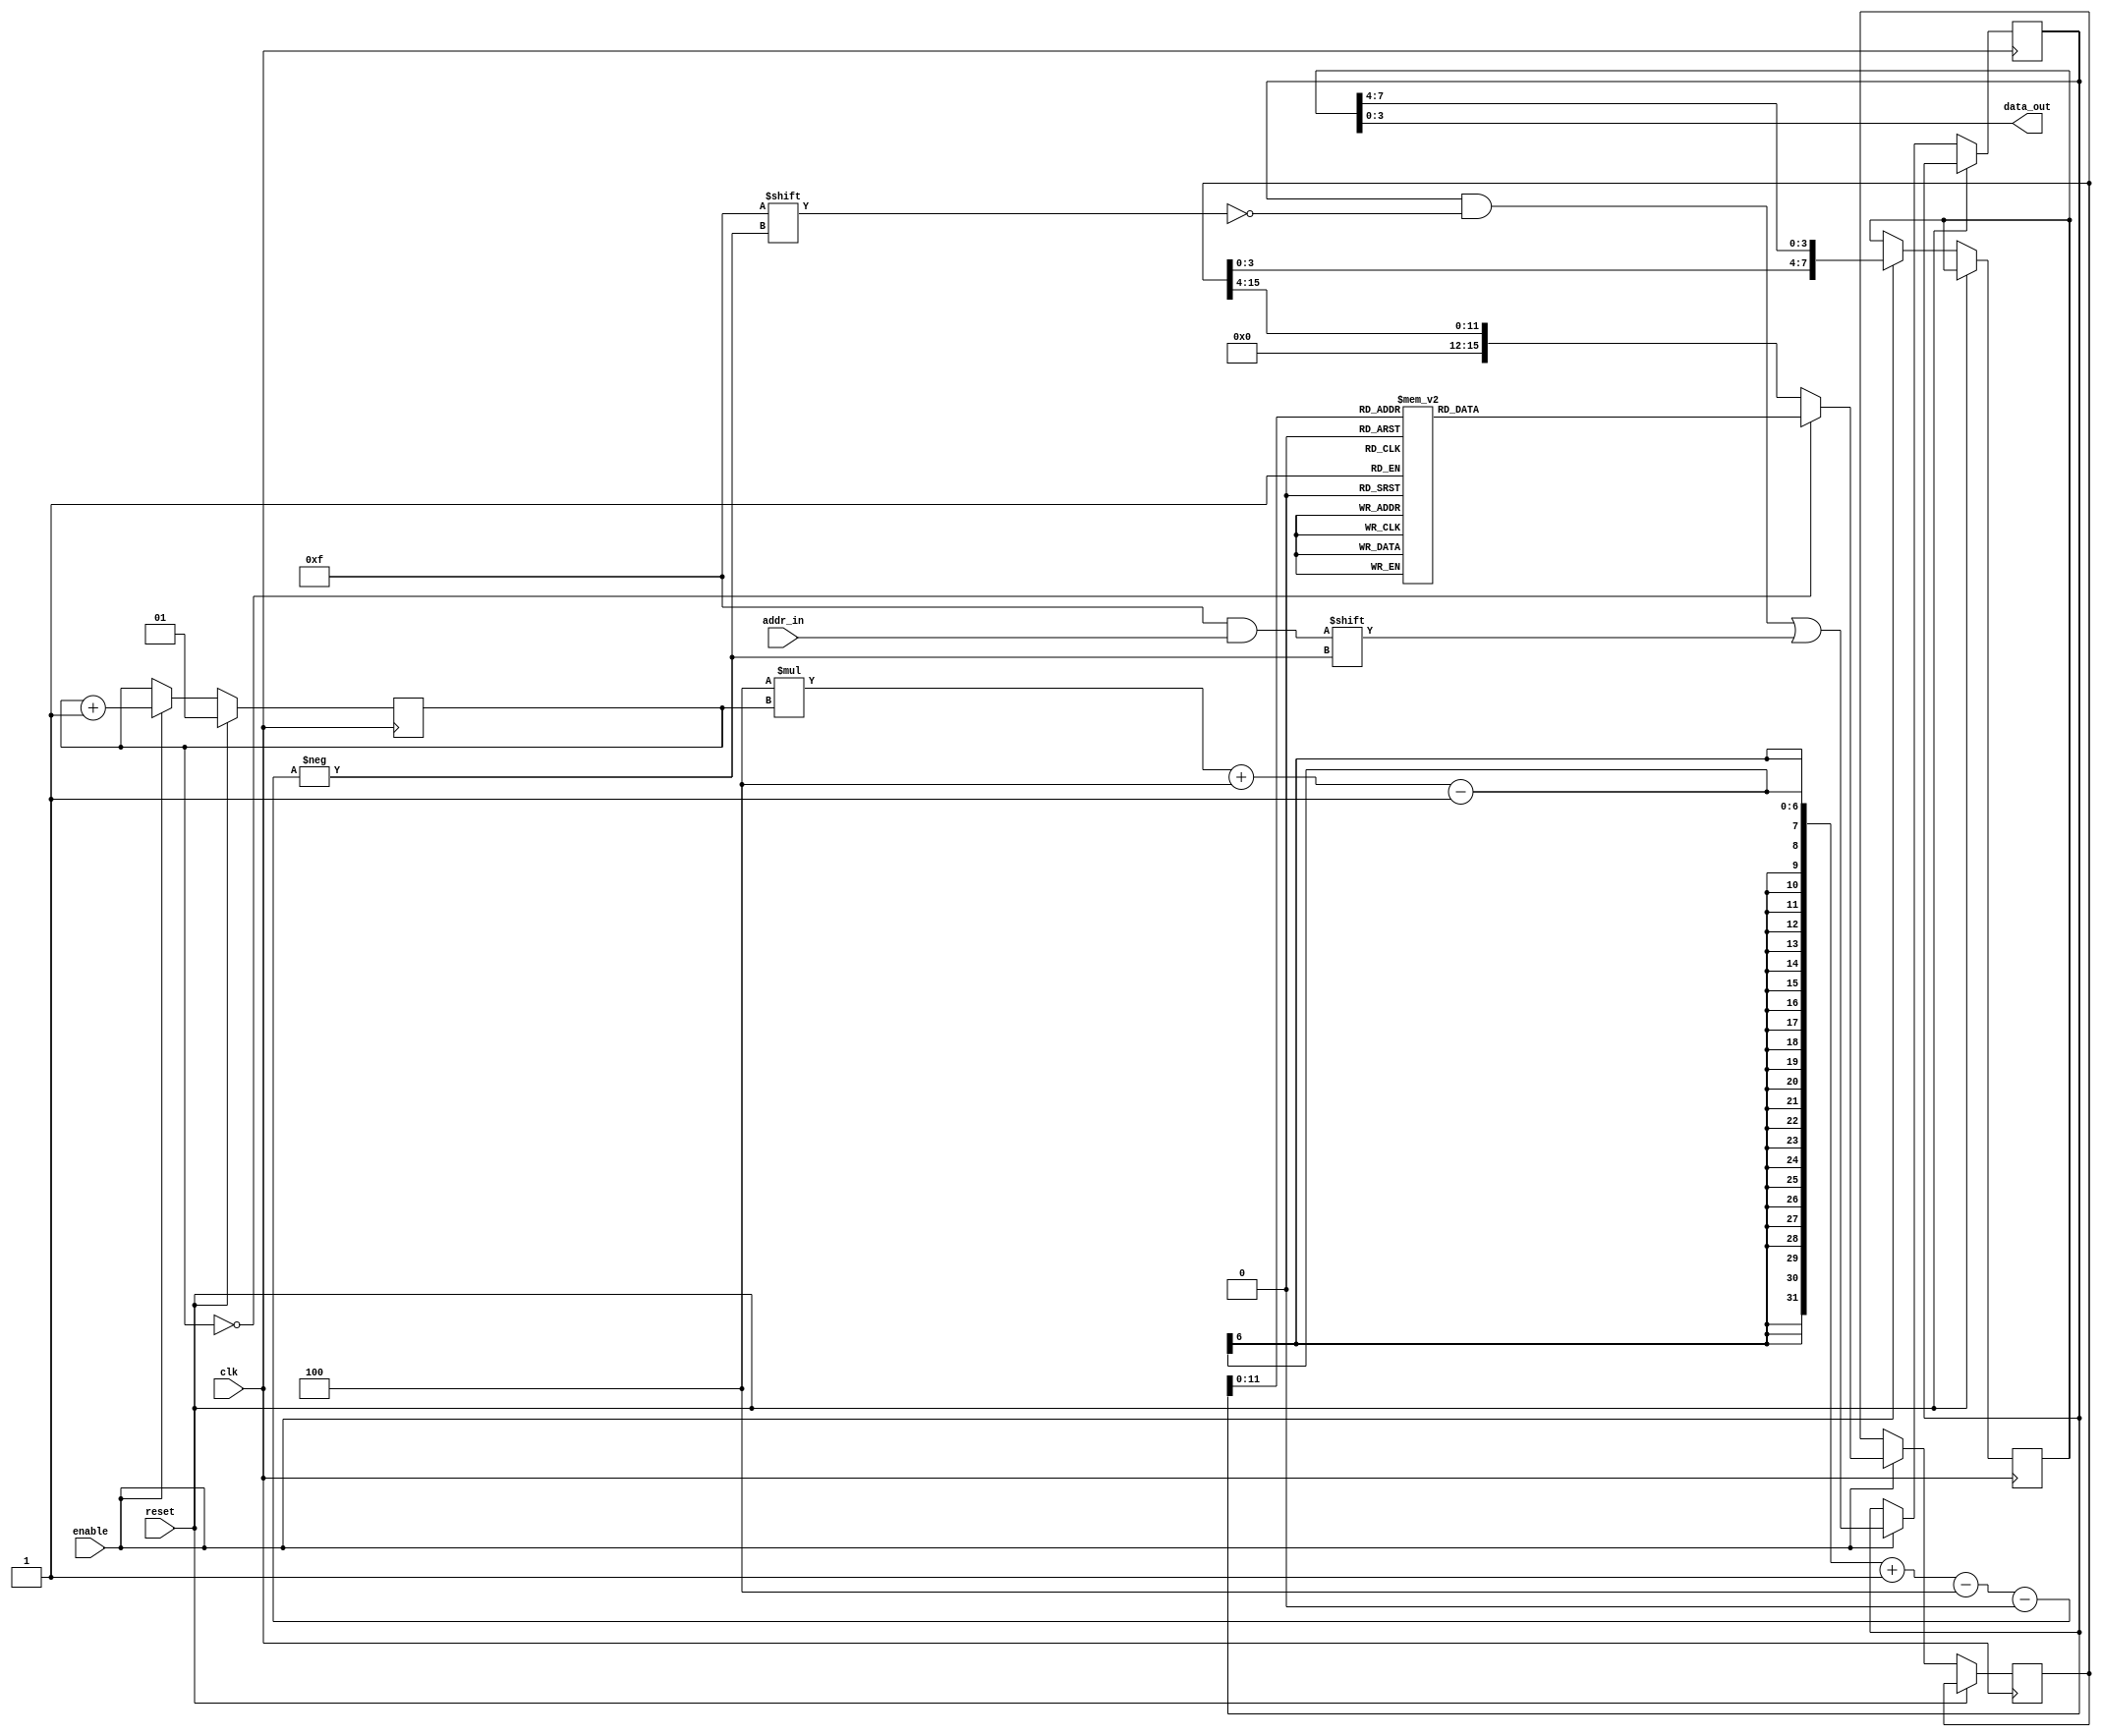
module serial_ram #( parameter ADDR_PINS=4, DATA_PINS=4, LOG2_CYCLES=2, RAM_ADDR_BITS=12, DELAY=2) (
		input wire clk,
		input wire reset,
		input wire enable,

		input wire  [ADDR_PINS-1:0] addr_in,
		output wire [DATA_PINS-1:0] data_out
	);

	localparam CYCLES = 2**LOG2_CYCLES;

	localparam ADDR_BITS = ADDR_PINS*CYCLES;
	localparam DATA_BITS = DATA_PINS*CYCLES;

	reg [LOG2_CYCLES-1:0] counter;
	reg [ADDR_BITS-1:0] addr;
	reg [DATA_BITS-1:0] data;

	reg [DATA_BITS-1:0] ram[2**RAM_ADDR_BITS];

	reg [DATA_PINS*DELAY-1:0] sr;

	always @(posedge clk) begin
		if (reset) begin
			counter <= 1;
		end else if (enable) begin
			addr[ADDR_PINS*counter + ADDR_PINS-1 -: ADDR_PINS] <= addr_in;
			if (counter == 0) data <= ram[addr[RAM_ADDR_BITS-1:0]];
			else data <= data >> DATA_PINS;
			counter <= counter + 1;

			sr <= {data[DATA_PINS-1:0], sr[DATA_PINS*DELAY-1:DATA_PINS]};
		end
	end

	assign data_out = sr[DATA_PINS-1:0];
endmodule